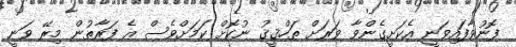
ފޮނުވާފައިވަނީ އެކަށީގެންވާ ވަރަށް ތަހްޤީޤު ނުކޮށް ކަމަށްވެސް އެ ފަރާތުން މިރޭ ވަނީ